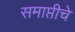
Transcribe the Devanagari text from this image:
समाप्तीचे